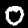
Label: 0